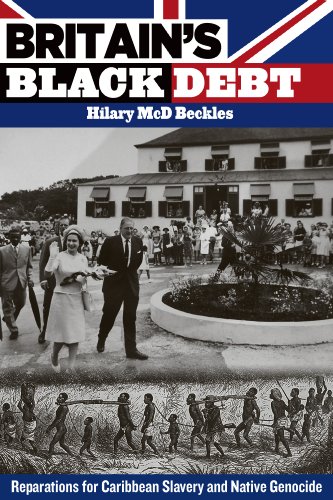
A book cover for Britain's Black Debt: Reparations for Slavery and Native Genocide; Hilary McD. Beckles; History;